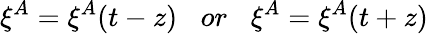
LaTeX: \xi^{A}=\xi^{A}(t-z)\; \; \; or\; \; \; \xi^{A}=\xi^{A}(t+z)